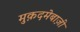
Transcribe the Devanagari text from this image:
मुक़दमेबाज़ी